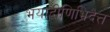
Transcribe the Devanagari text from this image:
भयाद्वीणिभिदैत्त